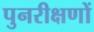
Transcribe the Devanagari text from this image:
पुनरीक्षणों